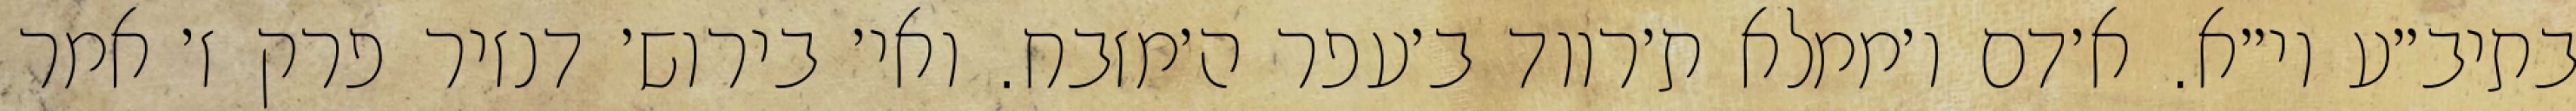
בתיב״ע וי״א. א׳דם ו׳ממלא ת׳רווד ב׳עפר ה׳מזבח. ואי׳ בירוש׳ דנזיר פרק ז׳ אמר